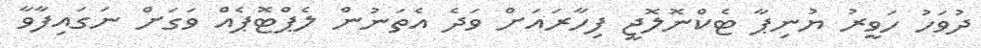
ދުވަހު ހަވީރު ޔުނިޕާ ޓެކްނޮލޮޖީ ފިހާރައަށް ވަދެ އެތަނުން ލެޕްޓޮޕެއް ވަގަށް ނަގައިފާވާ